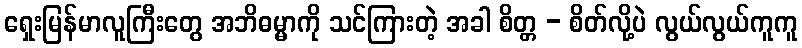
ရှေးမြန်မာလူကြီးတွေ အဘိဓမ္မာကို သင်ကြားတဲ့ အခါ စိတ္တ - စိတ်လို့ပဲ လွယ်လွယ်ကူကူ